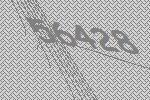
56428